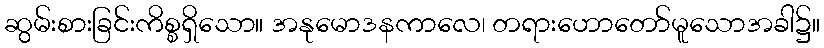
ဆွမ်းစားခြင်းကိစ္စရှိသော။ အနုမောဒနကာလေ၊ တရားဟောတော်မူသောအခါ၌။